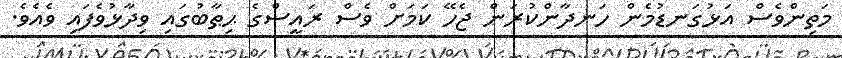
މަތިންވެސް އަޅުގަނޑުމެން ހަނދާންކުރަން ޖެހޭ ކަމަށް ވެސް ރައީސްގެ ޙިޠާބުގައި ވިދާޅުވެފައި ވެއެވެ.